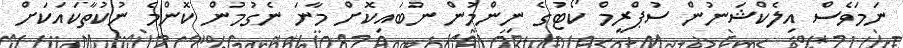
ނަމަވެސް އިލެކްޝަނުން ސުޕްރީމް ކޯޓުގެ ނިންމުން ނުބައިކޮށް މާނަ ނެގުމުން ކޮންމެ ނުކުތާކައަކަށް